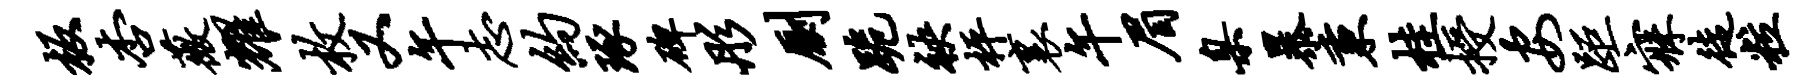
板杏薇耀枚又午志约琢碑彤劂跪袂枰里午眉臬暴秉桂授安距寐徒粒